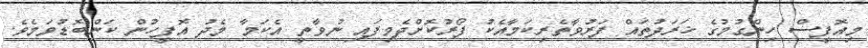
މިއޮފީސް ހިންގުމުގެ ޚަރަދުތައް ފަރުވާތެރިކަމާއެކު ފޯރުކޮށްދެވިފައި ނުވާތީ އެކަމާ މެދު އޮފީހުން ކަންބޮޑުވަމެވެ.